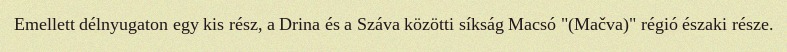
Emellett délnyugaton egy kis rész, a Drina és a Száva közötti síkság Macsó "(Mačva)" régió északi része.